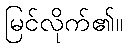
မြင်လိုက်၏။